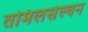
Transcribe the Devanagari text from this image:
तमिलसेल्वन